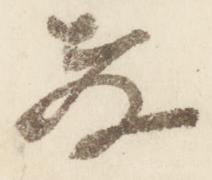
教